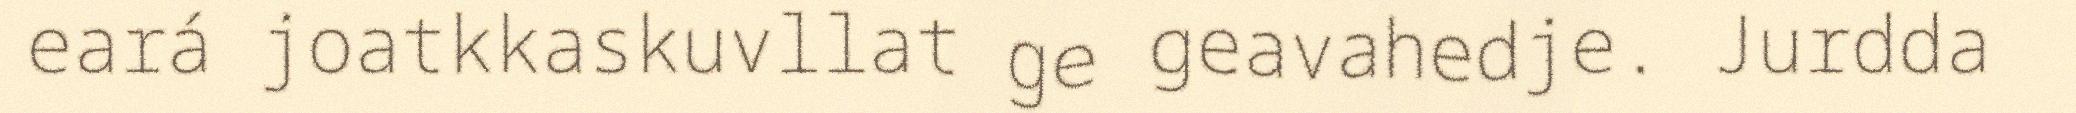
eará joatkkaskuvllat ge geavahedje. Jurdda